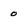
Character: 0